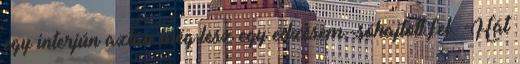
egy interjún aztán még lesz egy edzésem.-sóhajtott fel. -Hát